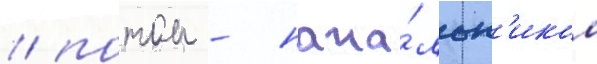
/ потом - нача́льн'иком